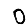
Digit: 0